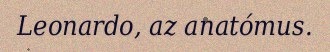
Leonardo, az anatómus.